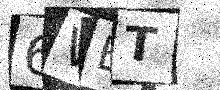
Text: 6VET